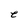
Character: e